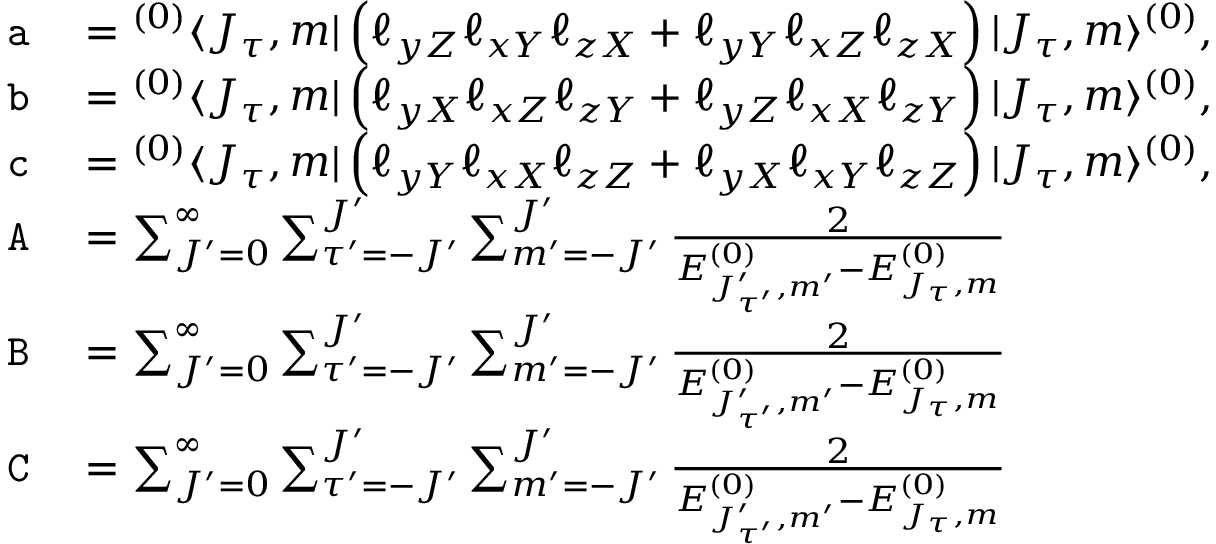
\begin{array} { r l } { \mathtt { a } } & { { } = { } ^ { ( 0 ) } \langle J _ { \tau } , m | \left( \ell _ { y Z } \ell _ { x Y } \ell _ { z X } + \ell _ { y Y } \ell _ { x Z } \ell _ { z X } \right) | J _ { \tau } , m \rangle ^ { ( 0 ) } , } \\ { \mathtt { b } } & { { } = { } ^ { ( 0 ) } \langle J _ { \tau } , m | \left( \ell _ { y X } \ell _ { x Z } \ell _ { z Y } + \ell _ { y Z } \ell _ { x X } \ell _ { z Y } \right) | J _ { \tau } , m \rangle ^ { ( 0 ) } , } \\ { \mathtt { c } } & { { } = { } ^ { ( 0 ) } \langle J _ { \tau } , m | \left( \ell _ { y Y } \ell _ { x X } \ell _ { z Z } + \ell _ { y X } \ell _ { x Y } \ell _ { z Z } \right) | J _ { \tau } , m \rangle ^ { ( 0 ) } , } \\ { \mathtt { A } } & { { } = \sum _ { J ^ { \prime } = 0 } ^ { \infty } \sum _ { \tau ^ { \prime } = - J ^ { \prime } } ^ { J ^ { \prime } } \sum _ { m ^ { \prime } = - J ^ { \prime } } ^ { J ^ { \prime } } \frac { 2 } { E _ { J _ { \tau ^ { \prime } } ^ { \prime } , m ^ { \prime } } ^ { ( 0 ) } - E _ { J _ { \tau } , m } ^ { ( 0 ) } } } \\ { \mathtt { B } } & { { } = \sum _ { J ^ { \prime } = 0 } ^ { \infty } \sum _ { \tau ^ { \prime } = - J ^ { \prime } } ^ { J ^ { \prime } } \sum _ { m ^ { \prime } = - J ^ { \prime } } ^ { J ^ { \prime } } \frac { 2 } { E _ { J _ { \tau ^ { \prime } } ^ { \prime } , m ^ { \prime } } ^ { ( 0 ) } - E _ { J _ { \tau } , m } ^ { ( 0 ) } } } \\ { \mathtt { C } } & { { } = \sum _ { J ^ { \prime } = 0 } ^ { \infty } \sum _ { \tau ^ { \prime } = - J ^ { \prime } } ^ { J ^ { \prime } } \sum _ { m ^ { \prime } = - J ^ { \prime } } ^ { J ^ { \prime } } \frac { 2 } { E _ { J _ { \tau ^ { \prime } } ^ { \prime } , m ^ { \prime } } ^ { ( 0 ) } - E _ { J _ { \tau } , m } ^ { ( 0 ) } } } \end{array}